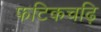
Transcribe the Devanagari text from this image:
फटिकचढ़ि